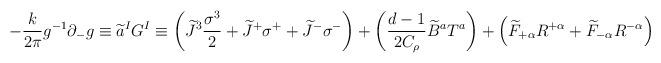
LaTeX: \begin{align*}-\frac{k}{2\pi} g^{-1}\partial_{-}g\equiv \widetilde{a}^I G^{I}\equiv \left( \widetilde{J}^{3}\frac{\sigma^{3}}{2}+\widetilde{J}^{+}\sigma^{+}+\widetilde{J}^{-}\sigma^{-}\right) +\left(\frac{d-1}{2C_{\rho}}\widetilde{B}^{a}T^{a}\right)+\left(\widetilde{F}_{+\alpha}R^{+\alpha}+\widetilde{F}_{-\alpha}R^{-\alpha}\right)\end{align*}